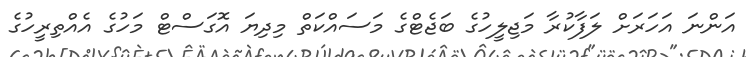
އަންނަ އަހަރަށް ލަފާކުރާ މަޖިލީހުގެ ބަޖެޓްގެ މަސައްކަތް މިދިޔަ އޮގަސްޓް މަހުގެ އެއްތިރީހުގެ